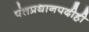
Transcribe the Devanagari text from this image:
पंतप्रधानपदीही